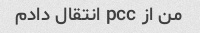
من از pcc انتقال دادم